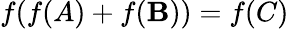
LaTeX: f(f(A)+f(\mathbf{B}))=f(C)